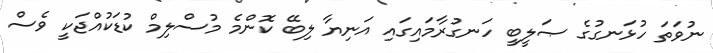
ނުވަތަ ހުޅަނގުގެ ޞަލީބީ ހަނގުރާމައިގައި އަނިޔާ ލިބޭ ކޮންމެ މުސްލިމް ކުޑަކުއްޖަކީ ވެސް